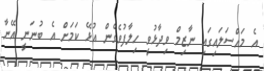
އެ މައްސަލައިގައި ނާޒިމް ވިދާޅުވީ ހިލާފުވެގެން އުޅޭ ކަމަށް އެ ބުނަނީ އޭނާ